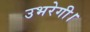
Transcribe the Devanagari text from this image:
उभरेगी।